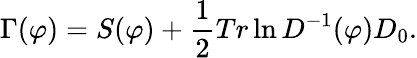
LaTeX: \Gamma(\varphi)=S(\varphi)+\frac{1}{2}Tr\ln D^{-1}(\varphi)D_{0}.